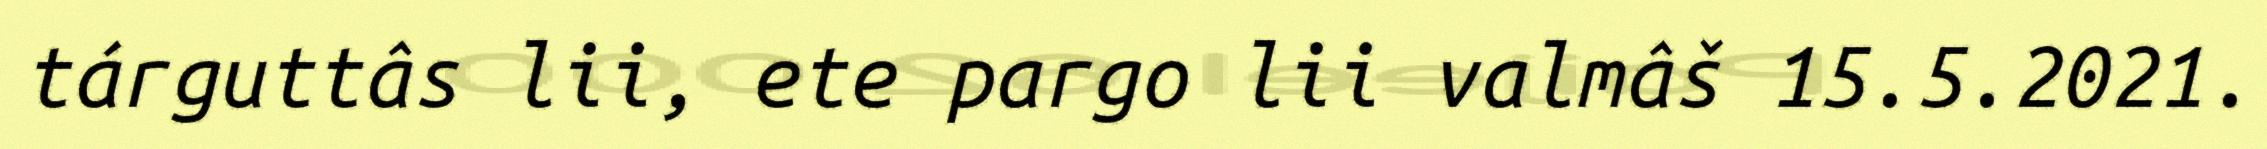
tárguttâs lii, ete pargo lii valmâš 15.5.2021.